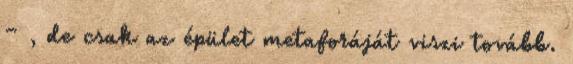
– , de csak az épület metaforáját viszi tovább.